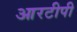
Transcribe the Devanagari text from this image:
आरटीपी